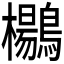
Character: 𱈾